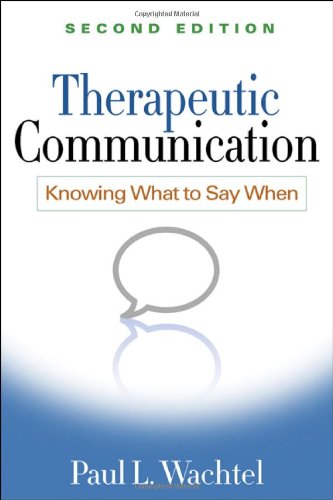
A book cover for Therapeutic Communication, Second Edition: Knowing What to Say When; Paul L. Wachtel PhD; Health, Fitness & Dieting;